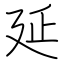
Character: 延